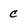
Character: c